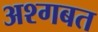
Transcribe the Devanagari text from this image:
अश्गबत